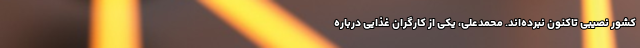
کشور نصیبی تاکنون نبرده‌اند. محمدعلی، یکی از کارگران غذایی درباره